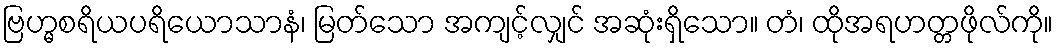
ဗြဟ္မစရိယပရိယောသာနံ၊ မြတ်သော အကျင့်လျှင် အဆုံးရှိသော။ တံ၊ ထိုအရဟတ္တဖိုလ်ကို။